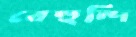
বেহুন্দি